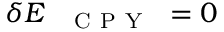
\delta E _ { \mathrm { ~ \texttt ~ { ~ C ~ P ~ Y ~ } ~ } } = 0